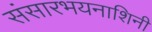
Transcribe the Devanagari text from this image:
संसारभयनाशिनी